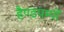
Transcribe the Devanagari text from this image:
हैण्डपम्पों